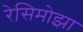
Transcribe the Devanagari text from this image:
रेसिमोझा